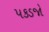
પકડજો